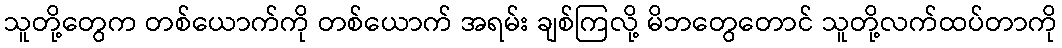
သူတို့တွေက တစ်ယောက်ကို တစ်ယောက် အရမ်း ချစ်ကြလို့ မိဘတွေတောင် သူတို့လက်ထပ်တာကို